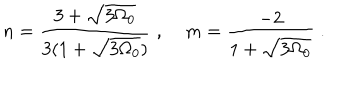
n = \frac { 3 + \sqrt { 3 \Omega _ { 0 } } } { 3 ( 1 + \sqrt { 3 \Omega _ { 0 } } ) } \; , \; m = \frac { - 2 } { 1 + \sqrt { 3 \Omega _ { 0 } } } \; .